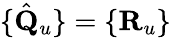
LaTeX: \{ \hat{\mathbf Q}_{u}\} =\{ {\mathbf R}_{u}\}